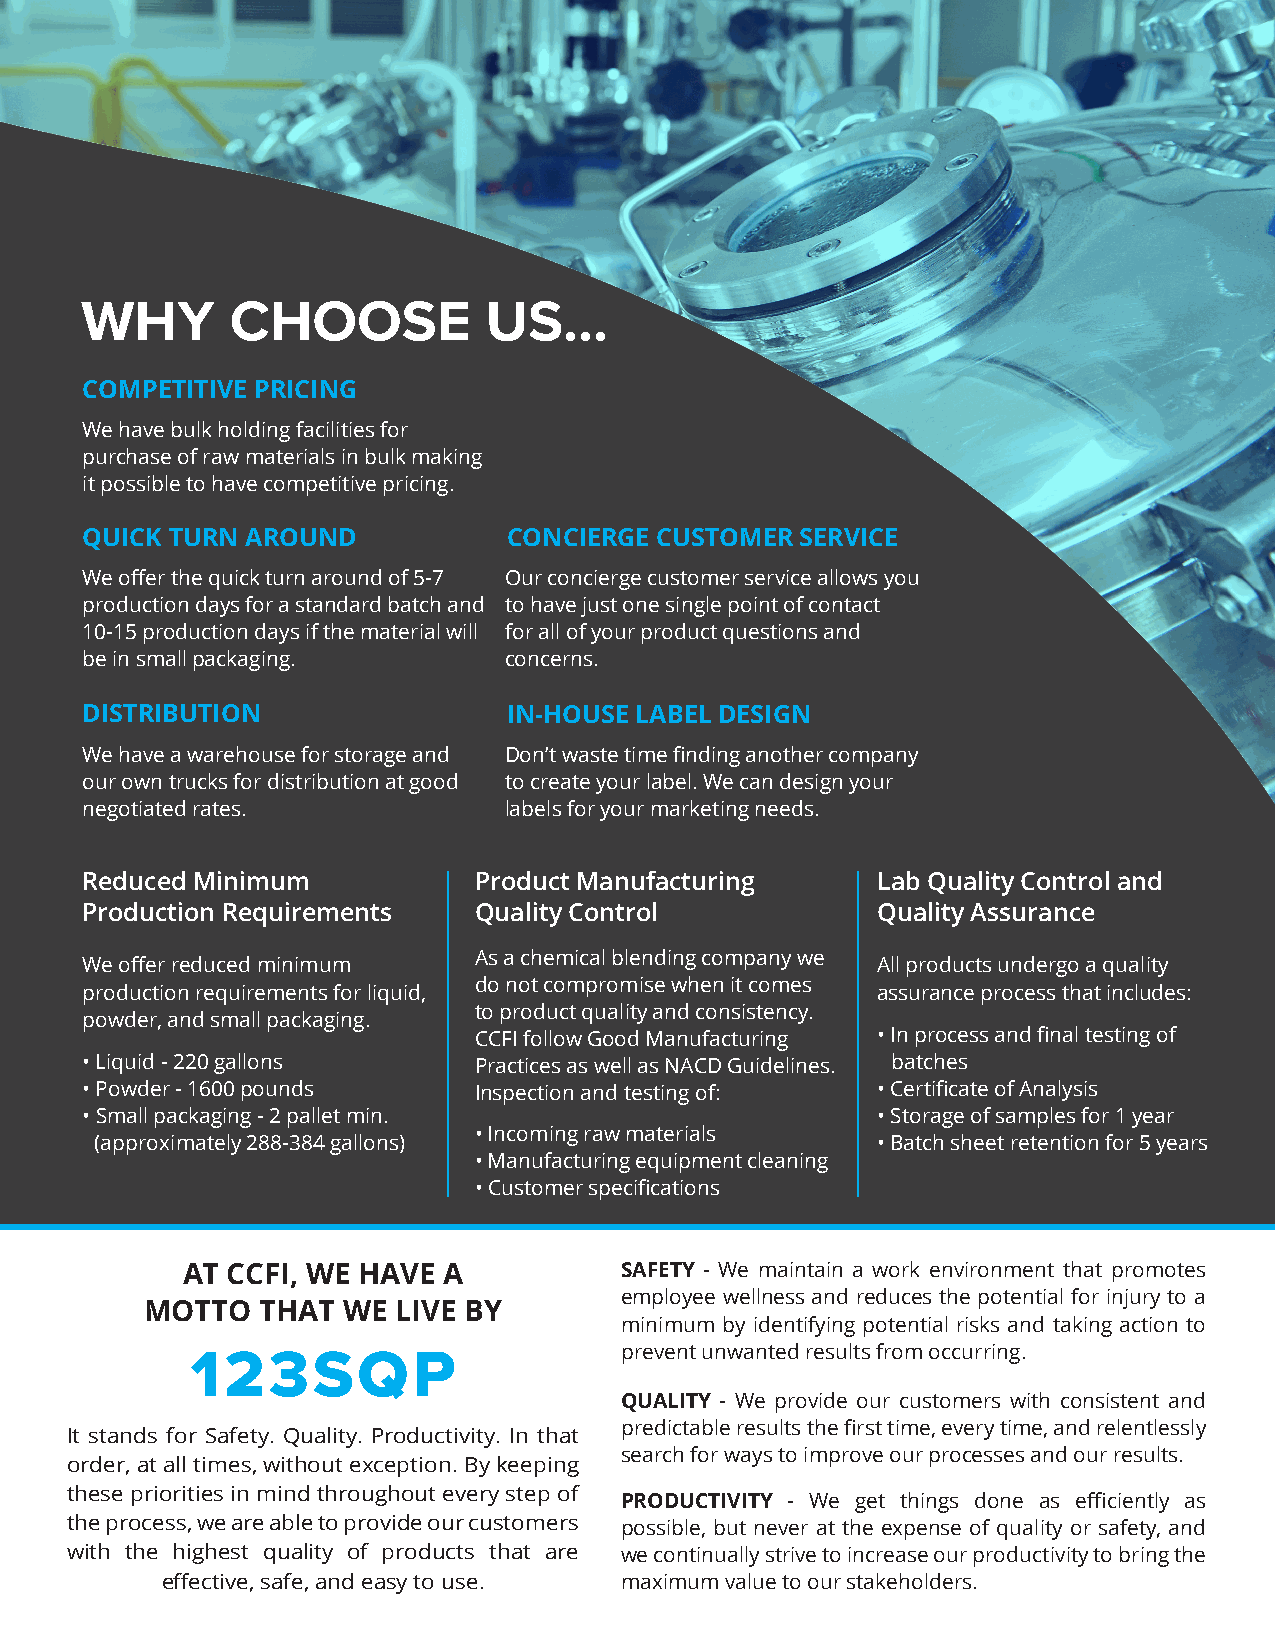
WHY       CHOOSE           US...
 COMPETITIVE PRICING
 We have bulk holding facilities for
 purchase of raw materials in bulk making
 it possible to have competitive pricing.
 QUICK TURN AROUND            CONCIERGE CUSTOMER SERVICE
 We offer the quick turn around of 5-7 Our concierge customer service allows you
 production days for a standard batch and to have just one single point of contact
 10-15 production days if the material will for all of your product questions and
 be in small packaging.      concerns.
 DISTRIBUTION                 IN-HOUSE LABEL DESIGN
 We have a warehouse for storage and Don’t waste time finding another company
 our own trucks for distribution at good to create your label. We can design your
 negotiated rates.           labels for your marketing needs.
 Reduced Minimum           Product Manufacturing      Lab Quality Control and
 Production Requirements   Quality Control            Quality Assurance
 As a chemical blending company we
 We offer reduced minimum                             All products undergo a quality
 do not compromise when it comes
 production requirements for liquid,                  assurance process that includes:
 to product quality and consistency.
 powder, and small packaging.
 CCFI follow Good Manufacturing • In process and final testing of
 • Liquid - 220 gallons    Practices as well as NACD Guidelines. batches
 • Powder - 1600 pounds    Inspection and testing of: • Certificate of Analysis
 • Small packaging - 2 pallet min.                    • Storage of samples for 1 year
 • Incoming raw materials
 (approximately 288-384 gallons)                     • Batch sheet retention for 5 years
 • Manufacturing equipment cleaning
 • Customer specifications
 AT CCFI, WE HAVE A           SAFETY - We maintain a work environment that promotes
 employee wellness and reduces the potential for injury to a
 MOTTO  THAT  WE LIVE BY
 minimum by identifying potential risks and taking action to
 prevent unwanted results from occurring.
 123SQP
 QUALITY - We provide our customers with consistent and
 predictable results the first time, every time, and relentlessly
 It stands for Safety. Quality. Productivity. In that
 search for ways to improve our processes and our results.
 order, at all times, without exception. By keeping
 these priorities in mind throughout every step of
 PRODUCTIVITY - We get things done as efficiently as
 the process, we are able to provide our customers possible, but never at the expense of quality or safety, and
 with the highest quality of products that are we continually strive to increase our productivity to bring the
 effective, safe, and easy to use. maximum value to our stakeholders.